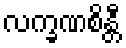
လက္ခဏစိန္တီ